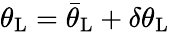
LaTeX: \theta_{\mathrm{{L}}}=\bar{\theta}_{\mathrm{{L}}}+\delta\theta_{\mathrm{{L}}}